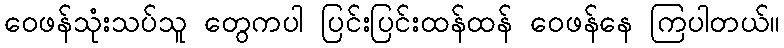
ဝေဖန်သုံးသပ်သူ တွေကပါ ပြင်းပြင်းထန်ထန် ဝေဖန်နေ ကြပါတယ်။